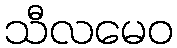
သီလမေဝ